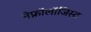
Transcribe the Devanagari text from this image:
नेफ्रॉलॉजिस्ट